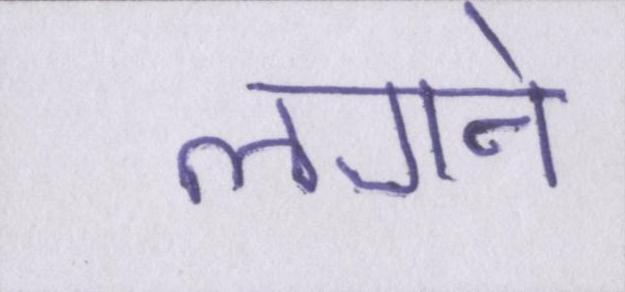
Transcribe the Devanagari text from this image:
लगने